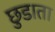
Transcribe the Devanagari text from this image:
छुडाता